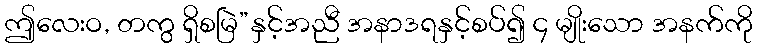
ဤလေးဝ, တကွ ရှိစမြဲ”နှင့်အညီ အနာဒရနှင့်စပ်၍ ၄ မျိုးသော အနက်ကို